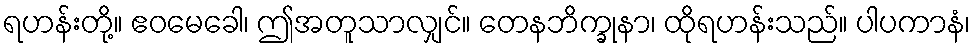
ရဟန်းတို့။ ဧဝမေခေါ၊ ဤအတူသာလျှင်။ တေနဘိက္ခုနာ၊ ထိုရဟန်းသည်။ ပါပကာနံ၊